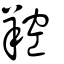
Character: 羫